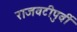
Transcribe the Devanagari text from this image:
राजवटीपुर्वी